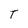
Character: T